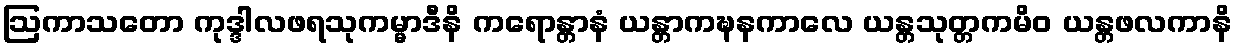
ဩကာသတော ကုဒ္ဒါလဖရသုကမ္မာဒီနိ ကရောန္တာနံ ယန္တာကဍ္ဎနကာလေ ယန္တသုတ္တကမိဝ ယန္တဖလကာနိ